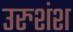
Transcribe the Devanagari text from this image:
उरुशंश